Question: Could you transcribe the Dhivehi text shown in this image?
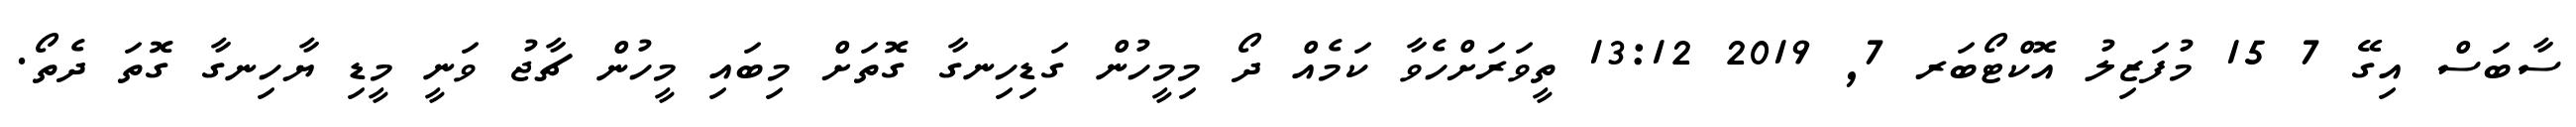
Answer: ސާބަސް އިގޭ 7 15 މުފަޒިލު އޮކްޓޯބަރ 7, 2019 13:12 ތީވަރަށްހެވާ ކަމެއް ދޯ މިމީހުން ގަޑިހިނގާ ގޮތަށް މިބައި މީހުން ޗާޖު ވަނީ މީޑި ޔާހިނގާ ގޮތަ ދެތޯ.